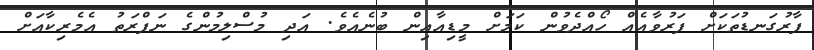
ފާރުގަނޑުތަކަށް ފަރުވާއެއް ހޯއްދެވުން ކަމަށް މީޑިއާއިން ބުނެއެވެ. އަދި މުސްލިމުންގެ ނަފްރަތު އެމެރިކާއަށް